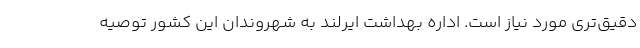
دقیق‌تری مورد نیاز است. اداره بهداشت ایرلند به شهروندان این کشور توصیه